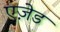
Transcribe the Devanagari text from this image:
एज़ेड